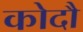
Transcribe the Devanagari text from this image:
कोदौ